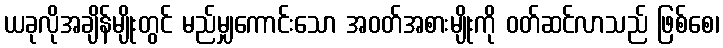
ယခုလိုအချိန်မျိုးတွင် မည်မျှကောင်းသော အဝတ်အစားမျိုးကို ဝတ်ဆင်လာသည် ဖြစ်စေ၊